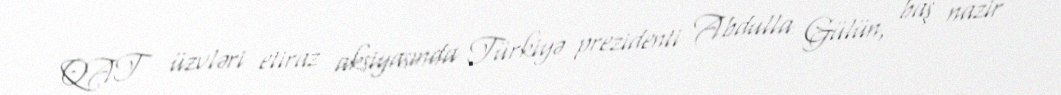
QAT üzvləri etiraz aksiyasında Türkiyə prezidenti Abdulla Gülün, baş nazir